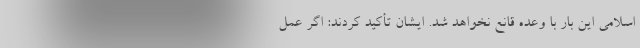
اسلامی این بار با وعده قانع نخواهد شد. ایشان تأکید کردند: اگر عملِ